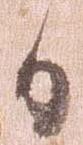
日